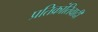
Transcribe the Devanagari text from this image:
प्रतिक्रांतिवादी